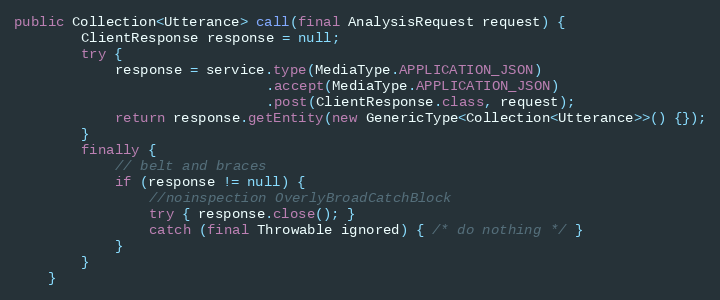
Language: Java
public Collection<Utterance> call(final AnalysisRequest request) {
        ClientResponse response = null;
        try {
            response = service.type(MediaType.APPLICATION_JSON)
                              .accept(MediaType.APPLICATION_JSON)
                              .post(ClientResponse.class, request);
            return response.getEntity(new GenericType<Collection<Utterance>>() {});
        }
        finally {
            // belt and braces
            if (response != null) {
                //noinspection OverlyBroadCatchBlock
                try { response.close(); }
                catch (final Throwable ignored) { /* do nothing */ }
            }
        }
    }